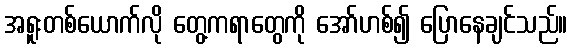
အရူးတစ်ယောက်လို တွေ့ကရာတွေကို အော်ဟစ်၍ ပြောနေချင်သည်။